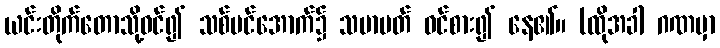
ယင်းတိုက်တောသို့ဝင်၍ သစ်ပင်အောက်၌ သမာပတ် ဝင်စား၍ နေ၏။ (ထိုအခါ ဂဏမှာ